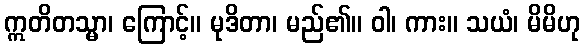
ဣတိတသ္မာ၊ ကြောင့်။ မုဒိတာ၊ မည်၏။ ဝါ၊ ကား။ သယံ၊ မိမိဟု